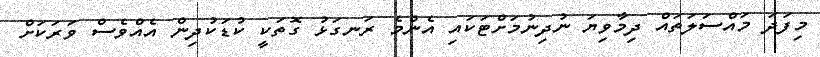
މިފަދަ މައްސަލަތައް ދިމާވިޔަ ނުދިނުމަށްޓަކައި އެންމެ ރަނގަޅު ގޮތަކީ ކުޑަކުދިން އެއްވެސް ވަރަކަށް